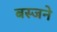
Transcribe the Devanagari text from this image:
बस्जने